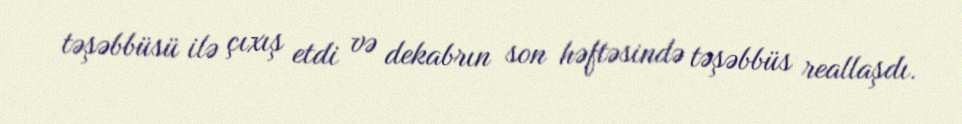
təşəbbüsü ilə çıxış etdi və dekabrın son həftəsində təşəbbüs reallaşdı.